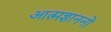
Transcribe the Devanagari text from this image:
आत्मज्ञाननो